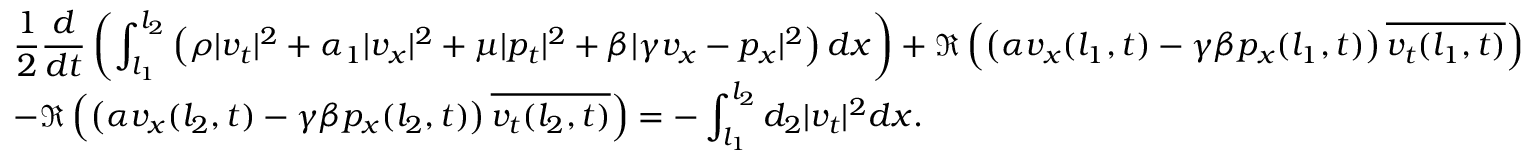
\begin{array} { l } { \displaystyle \frac { 1 } { 2 } \frac { d } { d t } \left( \int _ { l _ { 1 } } ^ { l _ { 2 } } \left( \rho | v _ { t } | ^ { 2 } + \alpha _ { 1 } | v _ { x } | ^ { 2 } + \mu | p _ { t } | ^ { 2 } + \beta | \gamma v _ { x } - p _ { x } | ^ { 2 } \right) d x \right) + \Re \left( \left( \alpha v _ { x } ( l _ { 1 } , t ) - \gamma \beta p _ { x } ( l _ { 1 } , t ) \right) \overline { { v _ { t } ( l _ { 1 } , t ) } } \right) } \\ { \displaystyle - \Re \left( \left( \alpha v _ { x } ( l _ { 2 } , t ) - \gamma \beta p _ { x } ( l _ { 2 } , t ) \right) \overline { { v _ { t } ( l _ { 2 } , t ) } } \right) = - \int _ { l _ { 1 } } ^ { l _ { 2 } } d _ { 2 } | v _ { t } | ^ { 2 } d x . } \end{array}